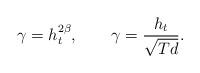
LaTeX: \begin{align*} \gamma=h_{t}^{2\beta},\quad\quad\gamma=\frac{h_{t}}{\sqrt{T d}}.\end{align*}